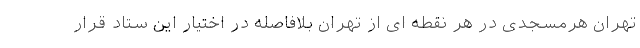
تهران هرمسجدی در هر نقطه ای از تهران بلافاصله در اختیار این ستاد قرار